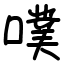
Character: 噗